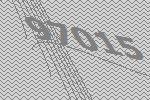
97015